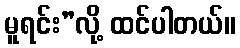
မူရင်း”လို့ ထင်ပါတယ်။